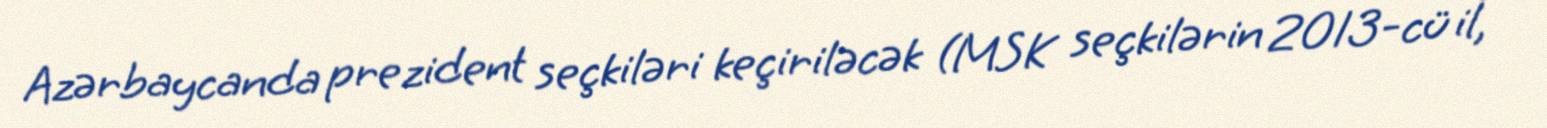
Azərbaycanda prezident seçkiləri keçiriləcək (MSK seçkilərin 2013-cü il,